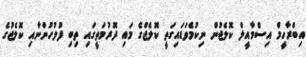
އިބްރާހީމް އިސްމާއީލް ކޮލެޖުން ނިކުމެވަޑައިގަތީ ކޮލެޖްގެ މައި ދޮރުމަތީގައި ތިބި ފުލުހުންނާއި ކޮލެޖުގެ